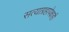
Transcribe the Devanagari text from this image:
सत्याग्रहापेक्षाही